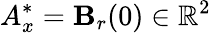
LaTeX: A_{x}^{\ast}=\mathbf{B}_{r}(0)\in\mathbb{R}^{2}